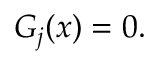
G _ { j } ( x ) = 0 .